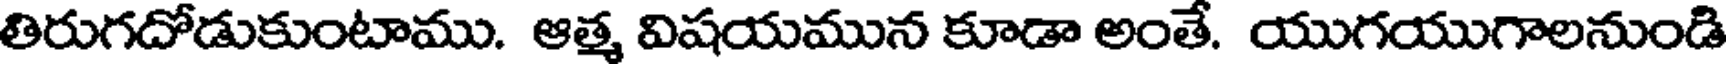
తిరుగదోడుకుంటాము. ఆత్మ విషయమున కూడా అంతే. యుగయుగాలనుండి